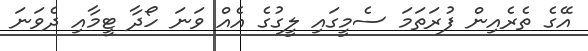
އޭގެ ތެރެއިން ފުރަތަމަ ސެމީގައި ލީގުގެ އެއް ވަނަ ހޯދާ ޓީމާއި ދެވަނަ